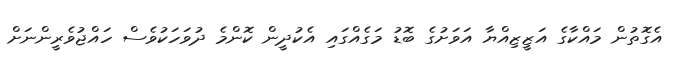
އެގޮތުން މައްކާގެ އަޒީޒިއްޔާ އަވަށުގެ ބޮޑު މަގެއްގައި އެކުދީން ކޮންމެ ދުވަހަކުވެސް ހައްޖުވެރީންނަށް